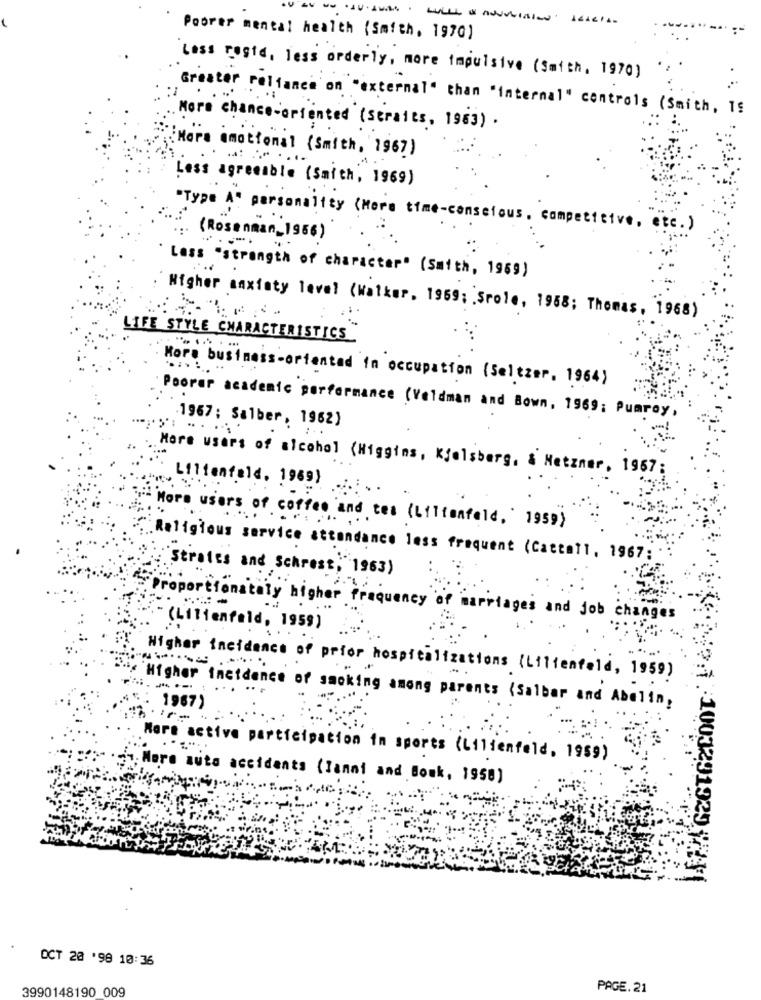
Poorer mental health (Smith, 1970)
Lass resid, less orderly, more impulsive (Smith, 1970)
Greater reliance on "external" than "internal" controls (Smith, 1!
More chance-oriented (seraits, 1963) .
More emotional ( Smith, 1967 )
Less agreeable (Smith, 1969)
"Type A" personality (More time-conscious, competitive, etc. )
( Rosenman_ 1956 )
Lass "strength of character" (Smith, 1969)
Higher anxiety level (Walker, 1969; Srole, 1958; Thomas, 1968)
LIFE STYLE CHARACTERISTICS
More business-oriented in occupation (Seltzer. 1964)
Poorer academic performance (Veldman and Bown, 1969; Pumroy,
1967; Salber, 1962)
More users of alcohol (Higgins, Kfelsberg, & Metzner, 1967;
Lilienfeld. 1969) :.
More users of coffee and tel (Liltenfeld, 1959)
Religious service attendance less frequent (Cattall, 1967:
Strates and Schrest, 1963)
Proportionately higher frequency of marriages and job changes
- (Litienfald, 1959)
Higher incidence of prior hospitalizations (Lilienfeld, 1959)
-.........
** Higher incidence of smoking among parents (Salbar and Abelin,
1967)
r-
More active participation in sports (Lilienfeld, 1959)
1. More auto accidents (Janni and Book, 1958)
OCT 20 '98 10:36
3990148190 009
PAGE.21